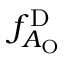
f _ { A _ { \mathrm { O } } } ^ { \mathrm { D } }